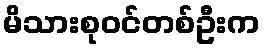
မိသားစုဝင်တစ်ဦးက